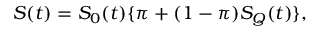
S ( t ) = S _ { 0 } ( t ) \{ \pi + ( 1 - \pi ) S _ { Q } ( t ) \} ,